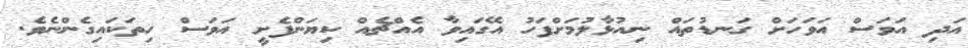
އަދި އަވަސް އަވަހަށް ގަނޑުތައް ނިއުޅާލުމަށްފަހު އޭގައިވާ އެއްޗެއް ކިޔަންފެށީ އަވަސް ހިތަކައިގެންނެވެ.